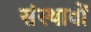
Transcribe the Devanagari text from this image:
संस्थावों